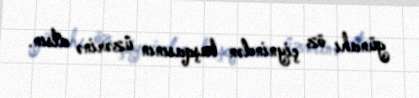
günahı öz çiynindən başqasının üzərinə atsın.